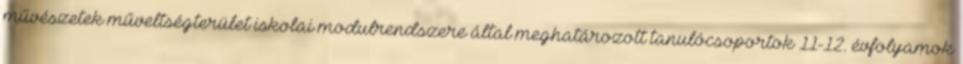
művészetek műveltségterület iskolai modulrendszere által meghatározott tanulócsoportok 11-12. évfolyamok